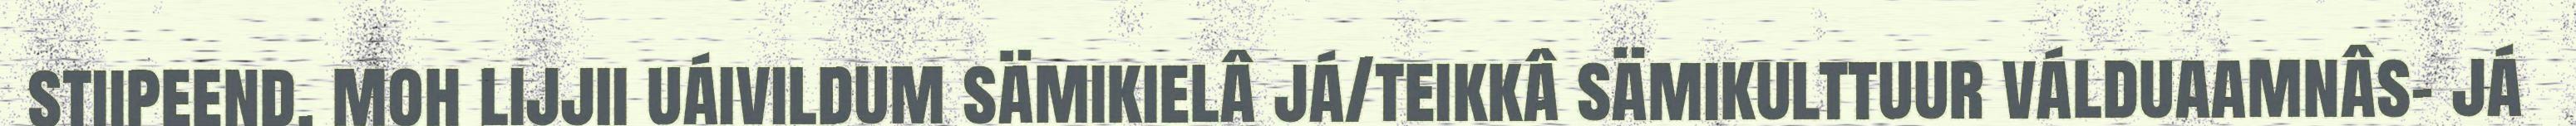
stiipeend, moh lijjii uáivildum sämikielâ já/teikkâ sämikulttuur válduaamnâs- já